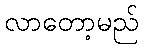
လာတော့မည်